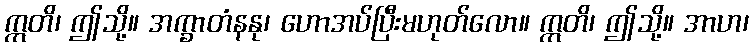
ဣတိ၊ ဤသို့။ အက္ခာတံနနု၊ ဟောအပ်ပြီးမဟုတ်လော။ ဣတိ၊ ဤသို့။ အာဟ၊